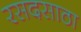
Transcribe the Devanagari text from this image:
रसदसाठा